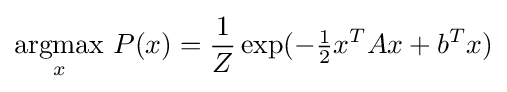
{\underset {x}{\operatorname {argmax} }}\ P(x)={\frac {1}{Z}}\exp(-{\tfrac {1}{2}}x^{T}Ax+b^{T}x)